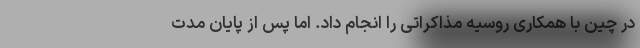
در چین با همکاری روسیه مذاکراتی را انجام داد. اما پس از پایان مدت